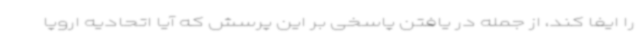
را ایفا کند، از جمله در یافتن پاسخی بر این پرسش که آیا اتحادیه اروپا